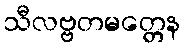
သီလဗ္ဗတမတ္တေန